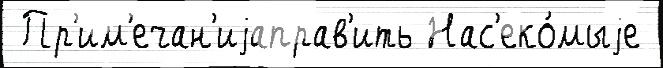
 Пр'им'ечан'иjаправ'ить Нас'еко́мыjе